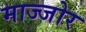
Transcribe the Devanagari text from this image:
माज्जोर